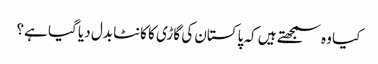
کیا وہ سمجھتے ہیں کہ پاکستان کی گاڑی کا کانٹا بدل دیا گیا ہے؟